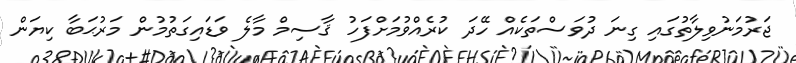
ޖަރުމަނުވިލާތުގައި ގިނަ ދުވަސްތަކެއް ހޭދަ ކުރެއްވުމަށްފަހު ޤާސިމް މާލެ ވަޑައިގަތުމުން މަރުޙަބާ ކިޔަން